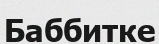
Баббитке